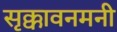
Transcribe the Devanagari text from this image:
सृक्कावनमनी